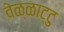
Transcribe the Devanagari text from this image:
वेळ्ळाट्टु